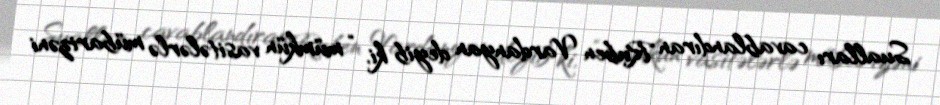
Sualları cavablandıran Ruben Vardanyan deyib ki, “mümkün vasitələrlə mübarizəni